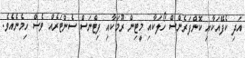
އަދި ކެފޭއަކާއި ކޮންފަރެންސް ހޯލަކާއި މީޓިން ރޫމަކާއި ފިޓްނަސް ސެންޓަރެއް ވެސް ހިމެނެއެވެ.